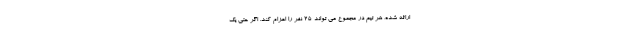
ارائه شده، هر تیم در مجموع می تواند ۲۵ نفر را اعزام کند. اگر حتی یک